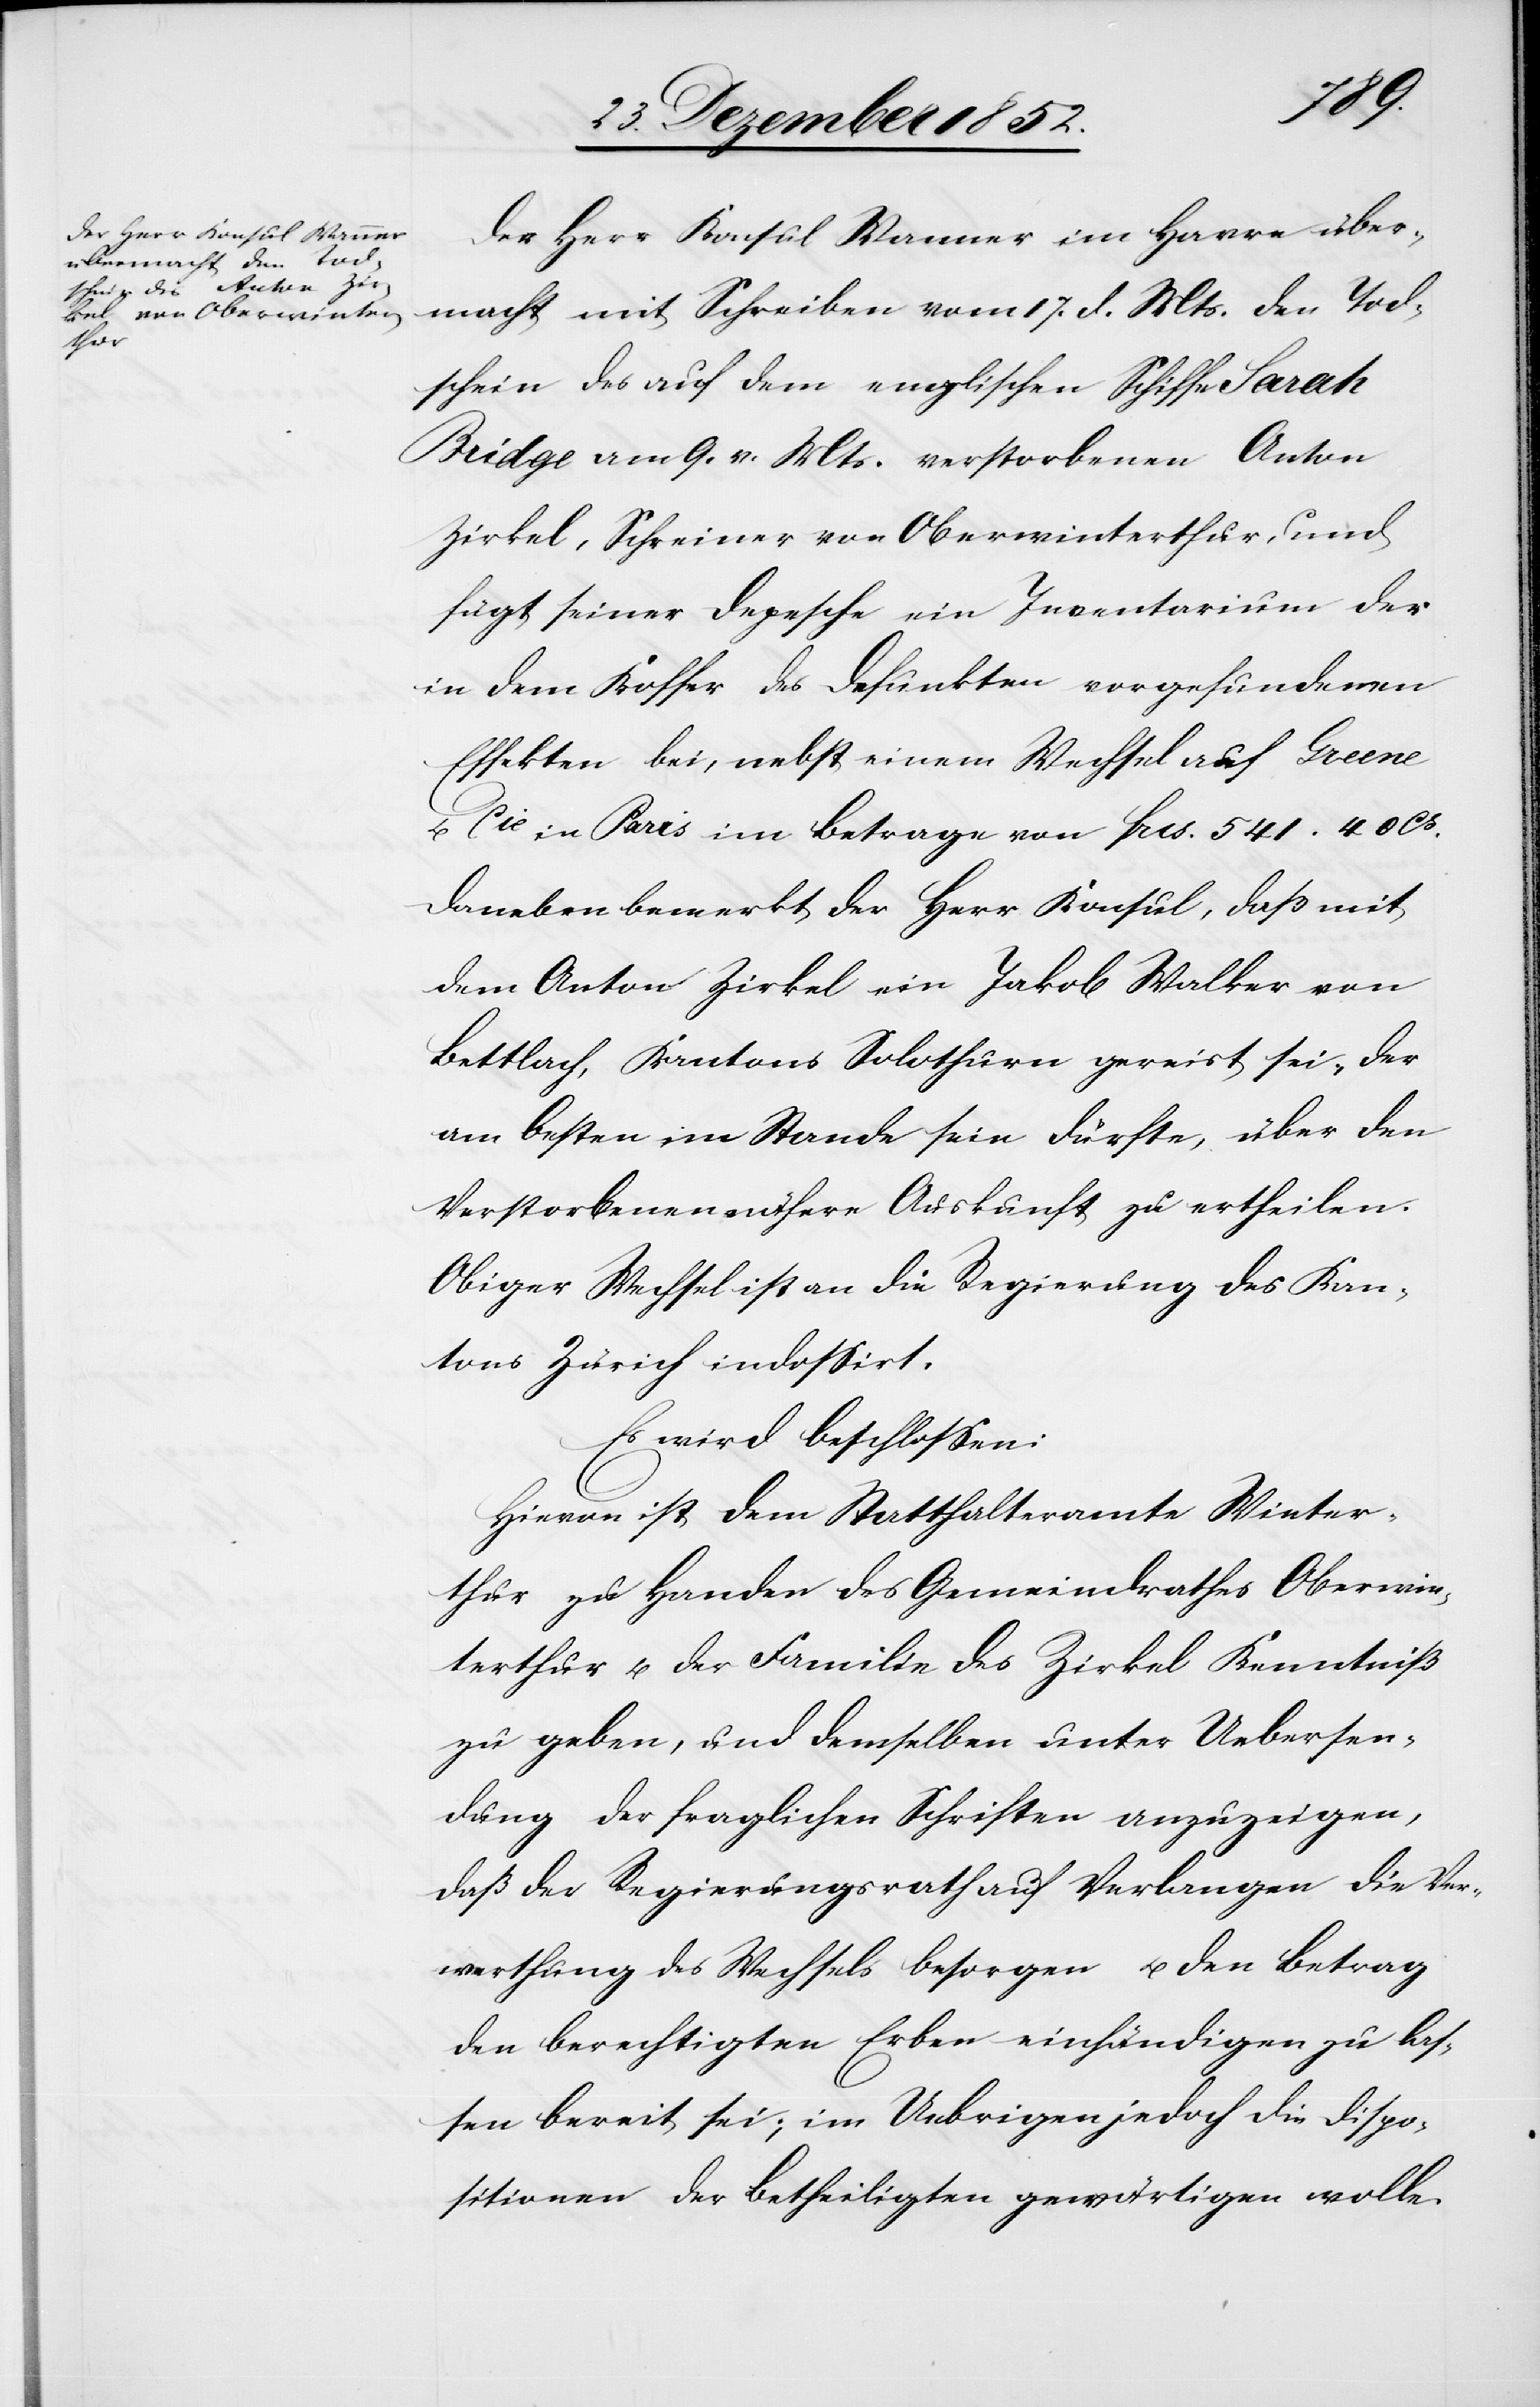
Der Herr Konsul Wanner im Havre über¬
macht mit Schreiben vom 17. d. Mts. den Tod¬
schein des auf dem englischen Schiffe Sarah
Bridge am 9. v. Mts. verstorbenen Anton
Zirkel, Schreiner von Oberwinterthur, und
fügt seiner Depesche ein Inventarium der
in dem Koffer des Defunkten vorgefundenen
Effekten bei, nebst einem Wechsel auf Greene
Cie in Paris im Betrage von frcs. 541. 40 Cts.
Daneben bemerkt der Herr Konsul, daß mit
dem Anton Zirkel ein Jakob Walker von
Bettlach, Kantons Solothurn gereist sei, der
am besten im Stande sein dürfte, über den
Verstorbenen nähere Auskunft zu ertheilen.
Obiger Wechsel ist an die Regierung des Kan¬
tons Zürich indossirt.
Es wird beschlossen:
Hievon ist dem Statthalteramte Winter¬
thur zu Handen des Gemeindrathes Oberwin¬
terthur u. der Familie des Zirkel Kenntniß
zu geben, und demselben unter Uebersen¬
dung der fraglichen Schriften anzuzeigen,
daß der Regierungsrath auf Verlangen die Ver¬
werthung des Wechsels besorgen u. den Betrag
den berechtigten Erben einhändigen zu las¬
sen bereit sei; im Uebrigen jedoch die Dispo¬
sitionen der Betheiligten gewärtigen wolle.